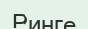
Ринге